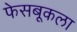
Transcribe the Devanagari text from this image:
फेसबूकला